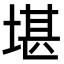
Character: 堪